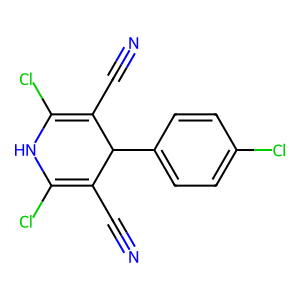
SMILES: N#CC1=C(Cl)NC(Cl)=C(C#N)C1c1ccc(Cl)cc1
Inhibits HIV replication: No